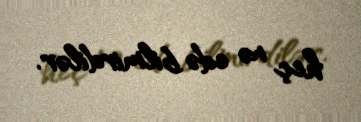
heç nə edə bilmirdilər.